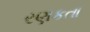
રણકતા